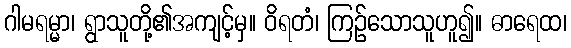
ဂါမရမ္မာ၊ ရွာသူတို့၏အကျင့်မှ။ ဝိရတံ၊ ကြဉ်သောသူဟူ၍။ ဓာရေထ၊